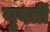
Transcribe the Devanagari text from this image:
युवतीं